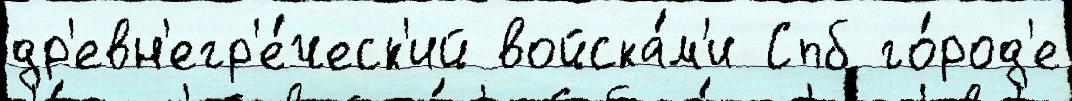
др'евн'егр'е́ческ'ий войска́м'и Спб го́род'е